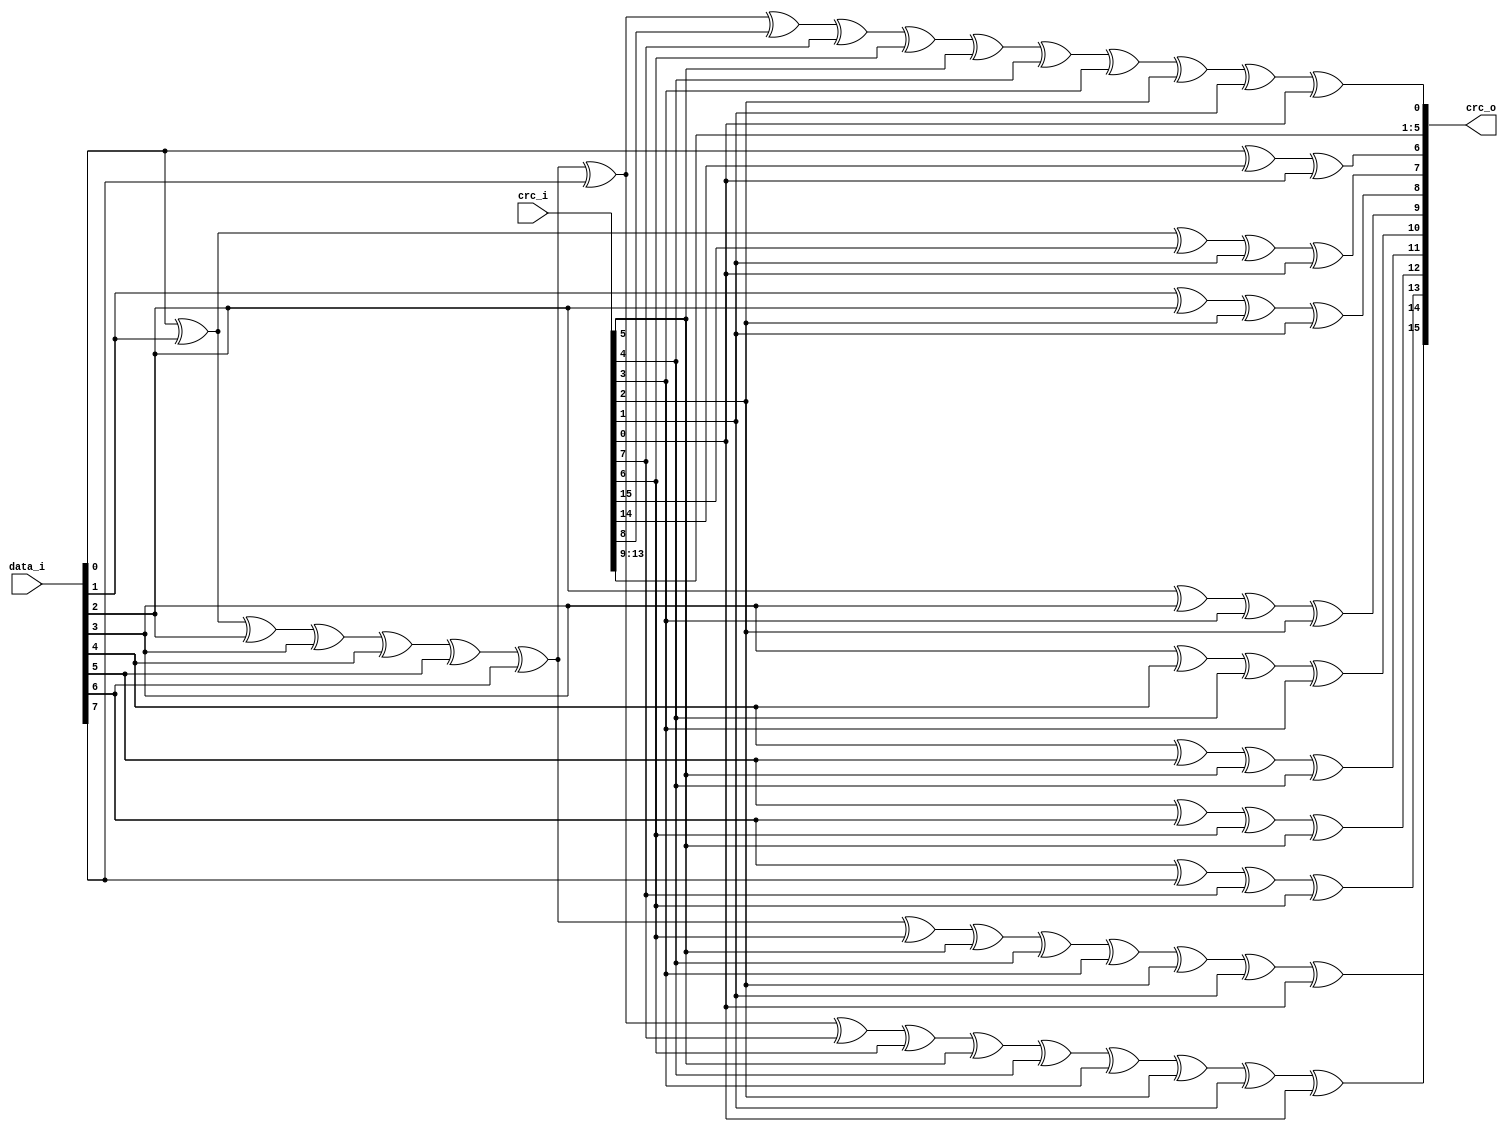
module usbh_crc16
(
    input [15:0]    crc_i,
    input [7:0]     data_i,
    output [15:0]   crc_o
);

//-----------------------------------------------------------------
// Implementation
//-----------------------------------------------------------------
assign crc_o[15] =    data_i[0] ^ data_i[1] ^ data_i[2] ^ data_i[3] ^ data_i[4] ^
                        data_i[5] ^ data_i[6] ^ data_i[7] ^ crc_i[7] ^ crc_i[6] ^
                        crc_i[5] ^ crc_i[4] ^ crc_i[3] ^ crc_i[2] ^
                        crc_i[1] ^ crc_i[0];
assign crc_o[14] =    data_i[0] ^ data_i[1] ^ data_i[2] ^ data_i[3] ^ data_i[4] ^ data_i[5] ^
                        data_i[6] ^ crc_i[6] ^ crc_i[5] ^ crc_i[4] ^
                        crc_i[3] ^ crc_i[2] ^ crc_i[1] ^ crc_i[0];
assign crc_o[13] =    data_i[6] ^ data_i[7] ^ crc_i[7] ^ crc_i[6];
assign crc_o[12] =    data_i[5] ^ data_i[6] ^ crc_i[6] ^ crc_i[5];
assign crc_o[11] =    data_i[4] ^ data_i[5] ^ crc_i[5] ^ crc_i[4];
assign crc_o[10] =    data_i[3] ^ data_i[4] ^ crc_i[4] ^ crc_i[3];
assign crc_o[9] =     data_i[2] ^ data_i[3] ^ crc_i[3] ^ crc_i[2];
assign crc_o[8] =     data_i[1] ^ data_i[2] ^ crc_i[2] ^ crc_i[1];
assign crc_o[7] =     data_i[0] ^ data_i[1] ^ crc_i[15] ^ crc_i[1] ^ crc_i[0];
assign crc_o[6] =     data_i[0] ^ crc_i[14] ^ crc_i[0];
assign crc_o[5] =     crc_i[13];
assign crc_o[4] =     crc_i[12];
assign crc_o[3] =     crc_i[11];
assign crc_o[2] =     crc_i[10];
assign crc_o[1] =     crc_i[9];
assign crc_o[0] =     data_i[0] ^ data_i[1] ^ data_i[2] ^ data_i[3] ^ data_i[4] ^ data_i[5] ^
                        data_i[6] ^ data_i[7] ^ crc_i[8] ^ crc_i[7] ^ crc_i[6] ^
                        crc_i[5] ^ crc_i[4] ^ crc_i[3] ^ crc_i[2] ^
                        crc_i[1] ^ crc_i[0];

endmodule